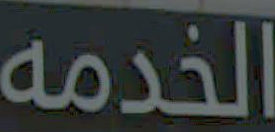
الخدمه